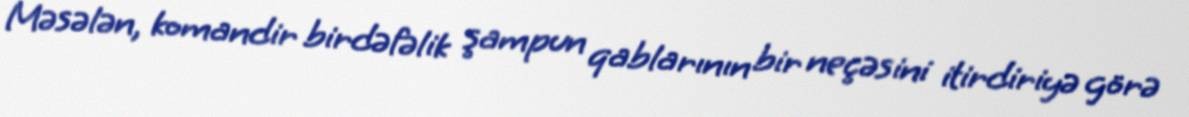
Məsələn, komandir birdəfəlik şampun qablarının bir neçəsini itirdiriyə görə